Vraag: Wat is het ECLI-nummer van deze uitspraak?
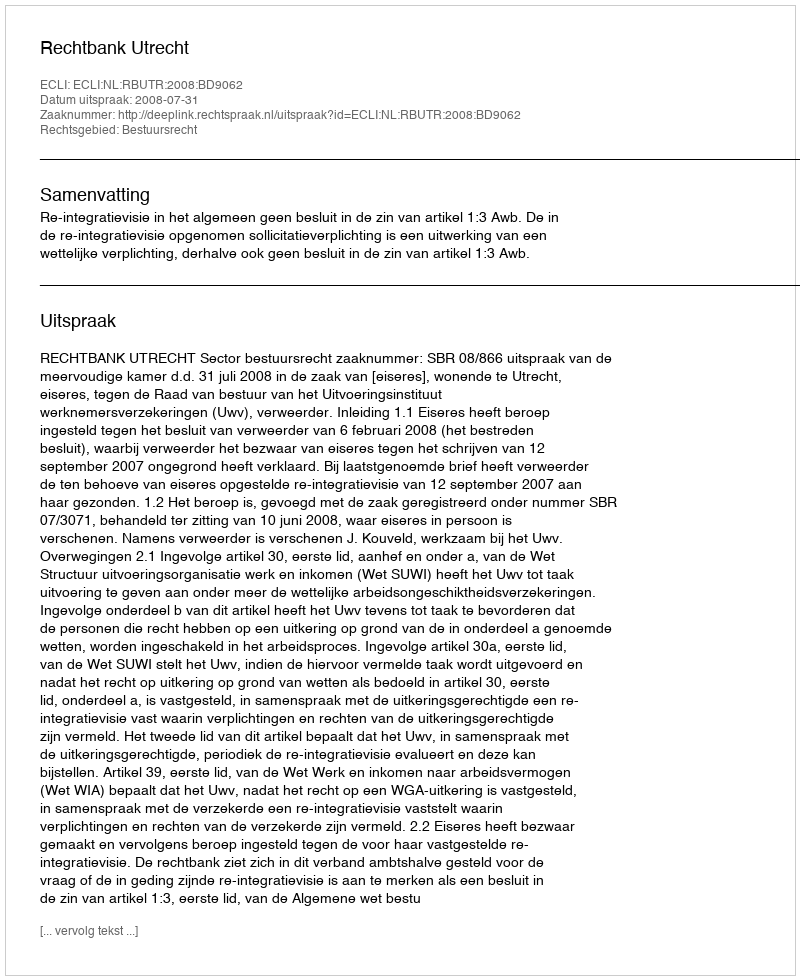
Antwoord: ECLI:NL:RBUTR:2008:BD9062